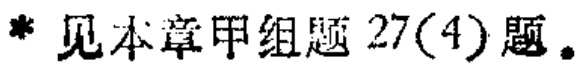
* 见本章甲组题 27(4)题。